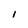
Character: 1